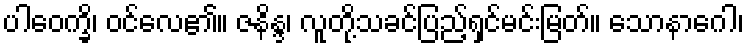
ပါဝေက္ခိ၊ ဝင်လေ၏။ ဇနိန္ဒ၊ လူတို့သခင်ပြည့်ရှင်မင်းမြတ်။ သောနာဂေါ၊